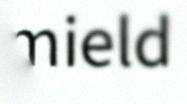
mield